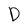
Character: D